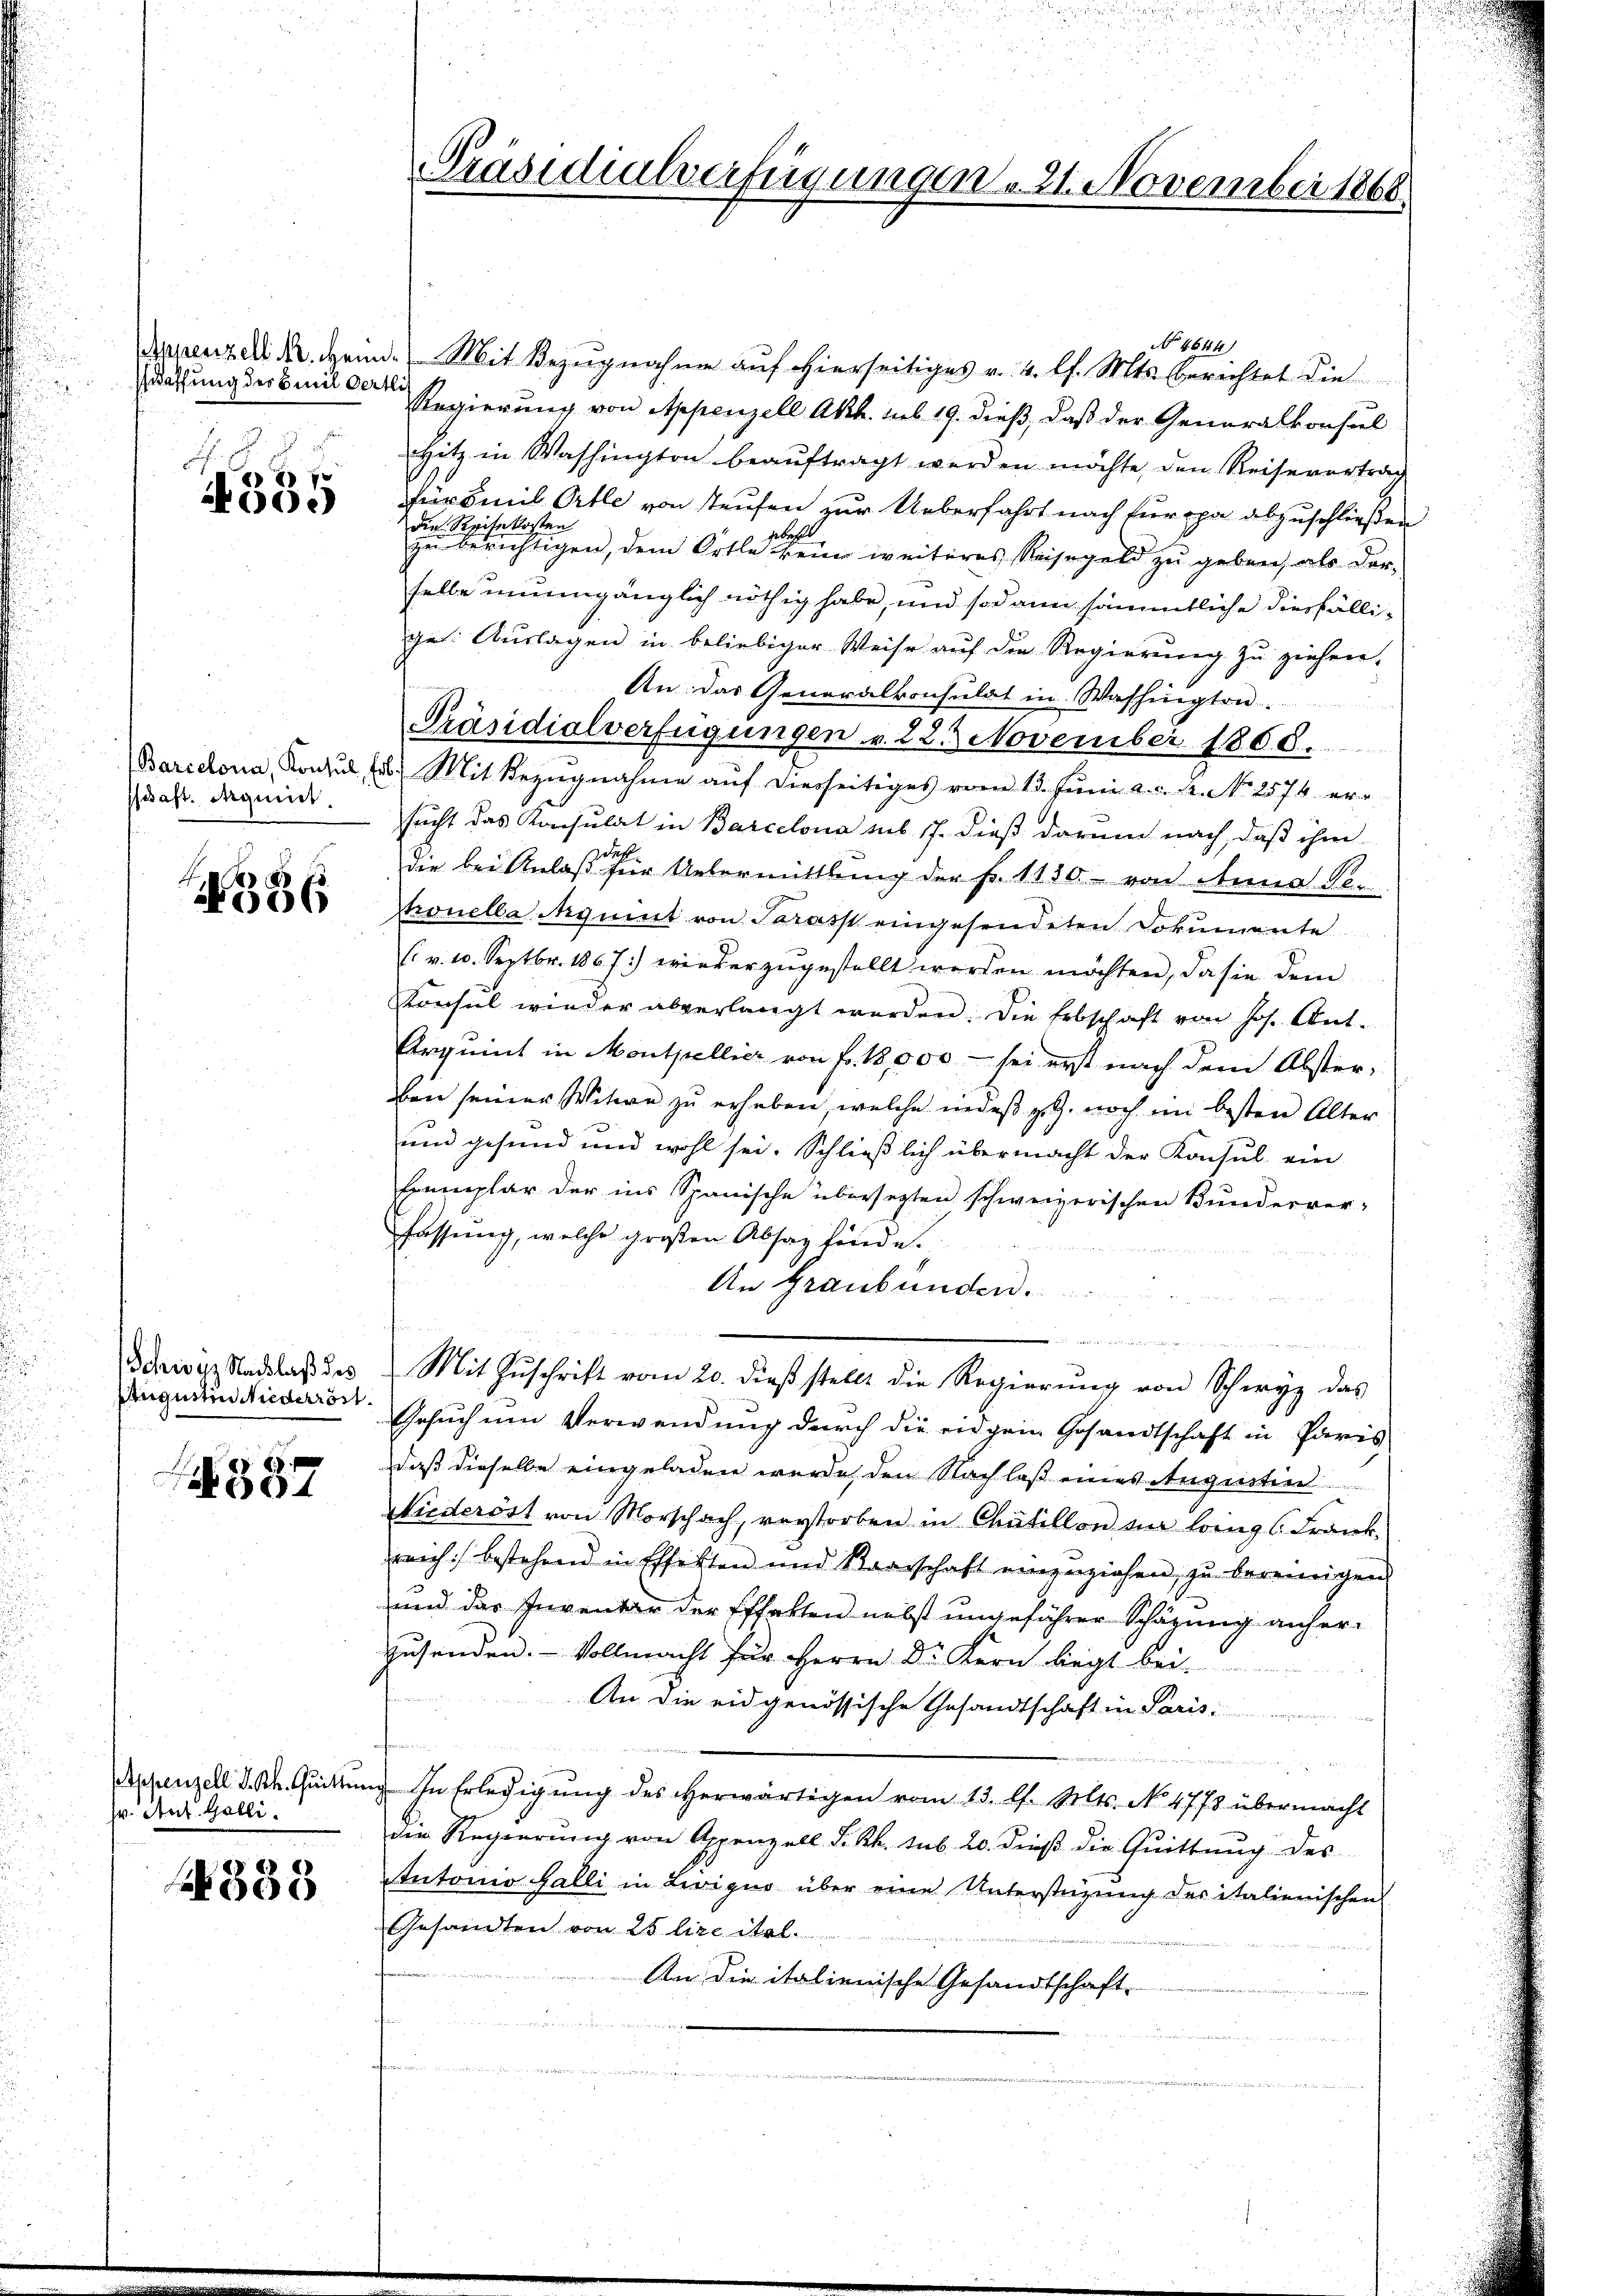
affung des Emil Oertli

f
00.

saft. Aequirt.

N3836

Schwyz Nachlaß des
Augustin Niederröst

387

hr. Ant. Galli.

338

No 4644)
Derenzeleid, wenn Mit Bezugnahme auf hierseitiges v. 4. l. Mts. berichtet die
Regierung von Appenzell Akt. sub 19. dieß, daß der Generalkonsul
Hitz in Washington beauftragt werden möchte, den Reisevertrag
fürbmil Ortle von steufen zur Ueberfahrt nach furopa abzuschließen
die Reisekosten
debrecht
zu berichtigen, dem Orte keine weiteres Reisegeld zu geben, als dar-
selbe unumgänglich nöthig habe, und sodann sämmtliche diesfällige: Auslagen in beliebiger Weise auf die Regierung zu ziehen,
An das Generalkonsulat in Washingten.
Präsidialverfügungen v. 22. November 1808.
Baricona, Konsul frs. Mit Bezŭgnahme aŭf diesseitiges vom 13. Jŭni a. c. A. No. 2574 ersucht das Konsulat in Barcelona sub. 17. dieß darum nach, daß ihm
die bei Anlaß für Untermittlung der Fr. 1130 von Anna Se.
tronella quit von Sarasst eingesendeten Dokumente
(. v. 10. Septbr. 1867) wieder zŭgestellt werden möchten, da sie dem
Konsul wieder abverlangt werden. Die Erbschaft von Jos. Ant.
Arquint in Montpellier von fr. 18,000 - sei erst nach dem Abster-
ben seiner Witwe zu erheben, welche indeß z. Z. noch im besten Alter
und gesund und wohl sei. Schließlich übermacht der Konsul ein
Exemplar der ins Spanische übersetzten schweizerischen Bunderver-
fassung, welche großen Absag finde.
An Graubünden.
 d eingen, und
Mit Zuschrift vom 20. dieß stellt die Regierung von Schwyz das
Gesuch um Verwendung durch die eidgen Gesandtschaft in Paris
daß dieselbe eingeladen wurde, den Nachlaß eines Augustin
Niederöst von Morschach, verstorben in Chütillon in Loings Frank.
reich bestehend in Effekten und Baarschaft einzuziehen, zu bereinigen
und das Inventar der Effekten nebst ungeführer Schäzung anherzusenden. Vollmacht für Herrn Dr. Kern liegt bei
An die eidgenössische Gesandtschaft in Paris
s

Appenzell d. h. Quittung. In Erledigŭng des herwärtigen vom 13. l. Mts. No. 4778 übermacht
die Regierŭng von Appenzell L. Rh. sub 20. dieβ die Quittung des
Antonio Galli in Livigur über eine Unterstüzung des italienischen
Gesandten von 25 lire ital.
An die italienische Gesandtschaft-
n

Präsidialverfügungen 21. November 1866.

u
s